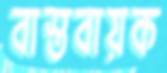
বাস্তবায়ক